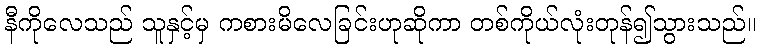
နီကိုလေသည် သူနှင့်မှ ကစားမိလေခြင်းဟုဆိုကာ တစ်ကိုယ်လုံးတုန်၍သွားသည်။